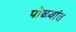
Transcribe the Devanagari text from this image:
पोळ्यांत